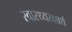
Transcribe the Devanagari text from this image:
स्वास्थ्यरक्षार्थ